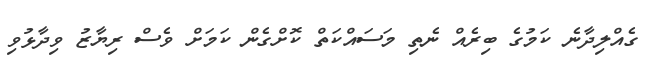
ގެއްލިދާނެ ކަމުގެ ބިރެއް ނެތި މަސައްކަތް ކޮށްގެން ކަމަށް ވެސް ރިޔާޒު ވިދާޅުވި